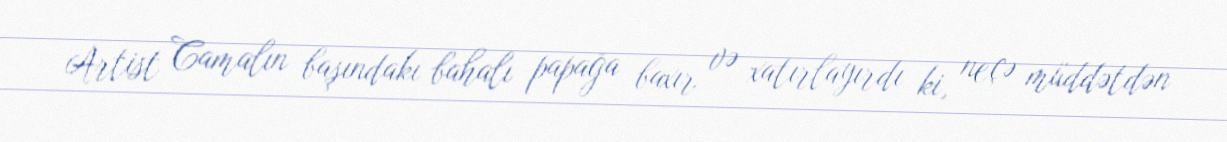
Artist Camalın başındakı bahalı papağa baxır və xatırlayırdı ki, neçə müddətdən